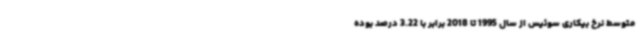
متوسط نرخ بیکاری سوئیس از سال 1995 تا 2018 برابر با 3.22 درصد بوده